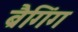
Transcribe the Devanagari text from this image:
ब्रैगिंग